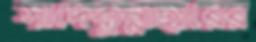
সাদেকুন্নাহারের